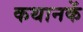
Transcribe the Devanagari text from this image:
कथानकें